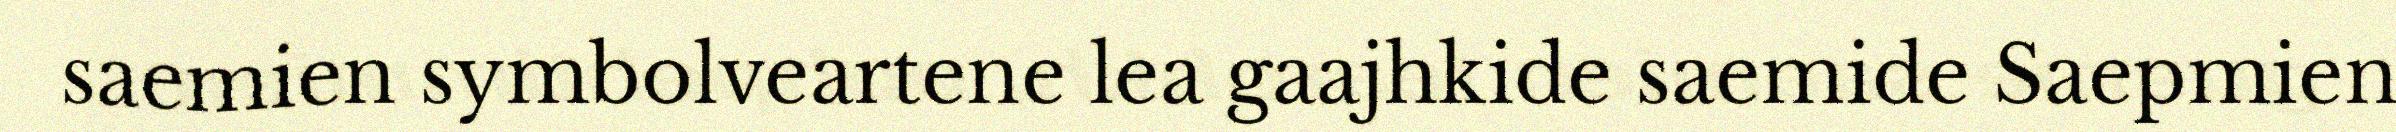
saemien symbolveartene lea gaajhkide saemide Saepmien